Problem: 29 + 11 = ?
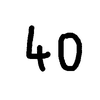
Handwritten answer: 40